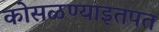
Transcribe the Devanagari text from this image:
कोसळण्याइतपत